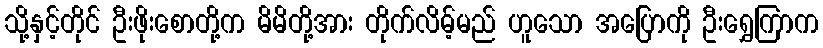
သို့နှင့်တိုင် ဦးဖိုးစောတို့က မိမိတို့အား တိုက်လိမ့်မည် ဟူသော အပြောကို ဦးရွှေကြာက